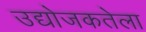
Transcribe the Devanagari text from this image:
उद्योजकतेला